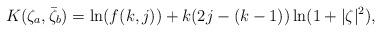
LaTeX: \begin{align*}K(\zeta_a,\bar{\zeta}_b) = \ln (f(k,j)) + k(2j-(k-1))\ln(1+|\zeta|^2),\end{align*}